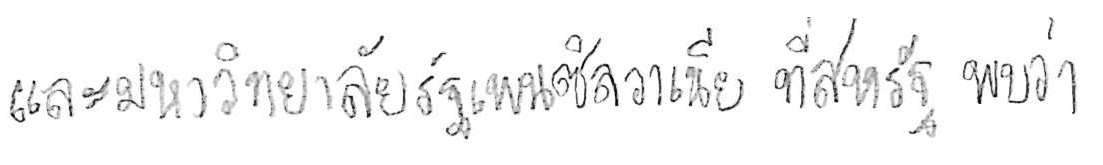
และมหาวิทยาลัยรัฐเพนซิลวาเนีย ที่สหรัฐ พบว่า